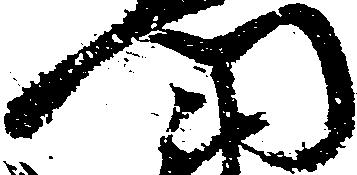
門